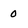
Character: o